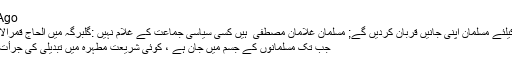
20 Hours Ago
تحفظ شریعت کیلئے مسلمان اپنی جانیں قربان کردیں گے; مسلمان غلامانِ مصطفی ؐ ہیں ٗکسی سیاسی جماعت کے غلام نہیں :گلبرگہ میں الحاج قمرالاسلام کا خطاب
جب تک مسلمانوں کے جسم میں جان ہے ، کوئی شریعت مطہرہ میں تبدیلی کی جرأت نہیں کرسکتا ۔